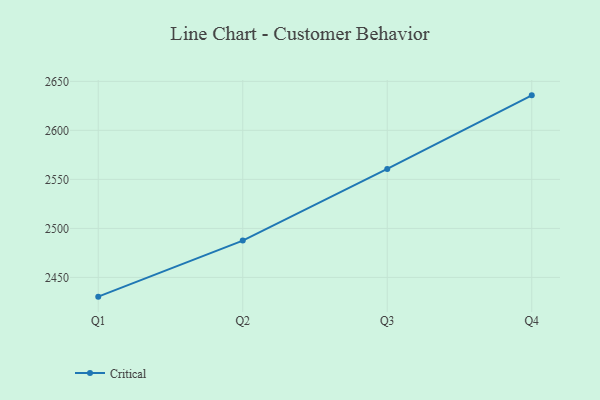
{"axis": {"x": "Quarter", "y": "Customer Acquisition Cost (USD)"}, "legend": ["Critical"], "data": [{"x": "Q1", "y": 2430.4, "type": "Critical"}, {"x": "Q2", "y": 2487.6, "type": "Critical"}, {"x": "Q3", "y": 2560.7, "type": "Critical"}, {"x": "Q4", "y": 2635.7, "type": "Critical"}]}